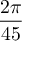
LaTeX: \frac { 2 \pi } { 4 5 }